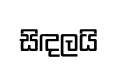
සිඳලයි